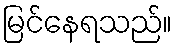
မြင်နေရသည်။